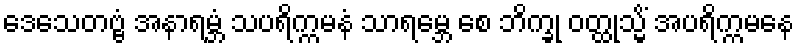
ဒေသေတဗ္ဗံ အနာရမ္ဘံ သပရိက္ကမနံ သာရမ္ဘေ စေ ဘိက္ခု ဝတ္ထုသ္မိံ အပရိက္ကမနေ